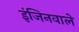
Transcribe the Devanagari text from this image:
इंजिनवाले